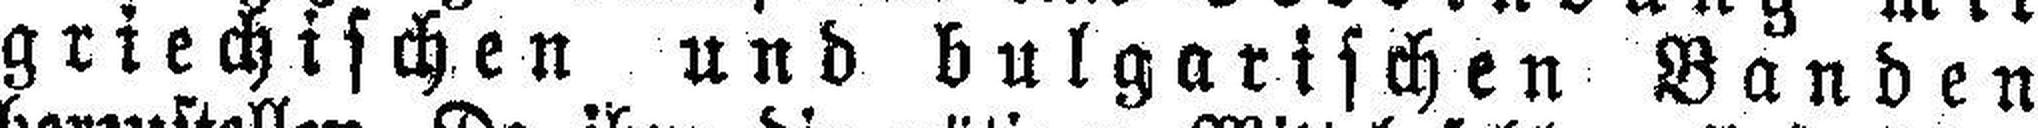
griechischen und bulgarischen Banden